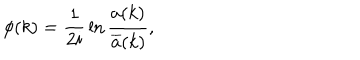
LaTeX: \phi ( k ) = { \frac 1 { 2 i } } \ln \frac { a ( k ) } { \overline { { { a } } } ( k ) } ,